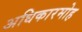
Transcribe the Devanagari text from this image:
अधिकारमोह